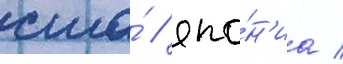
сша́ / япо́н'иа /